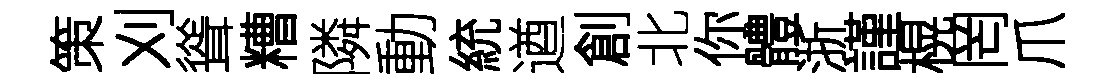
策刈聳糟隣動統遒創北你體浙謹榥罔爪